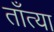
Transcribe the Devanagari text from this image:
ताँत्या